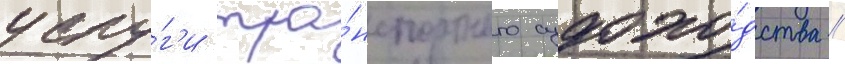
услу́г'и тра́нспортного судохо́дства //